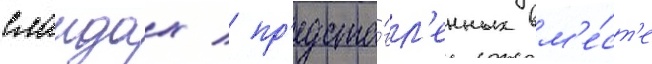
слаидах / пр'едста́вл'енных вм'е́ст'е